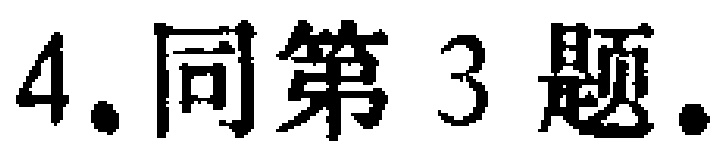
4. 同第 3 题.